Lunatic asylums United Provinces 1899-1908 - 1899-1908
Year: 1899
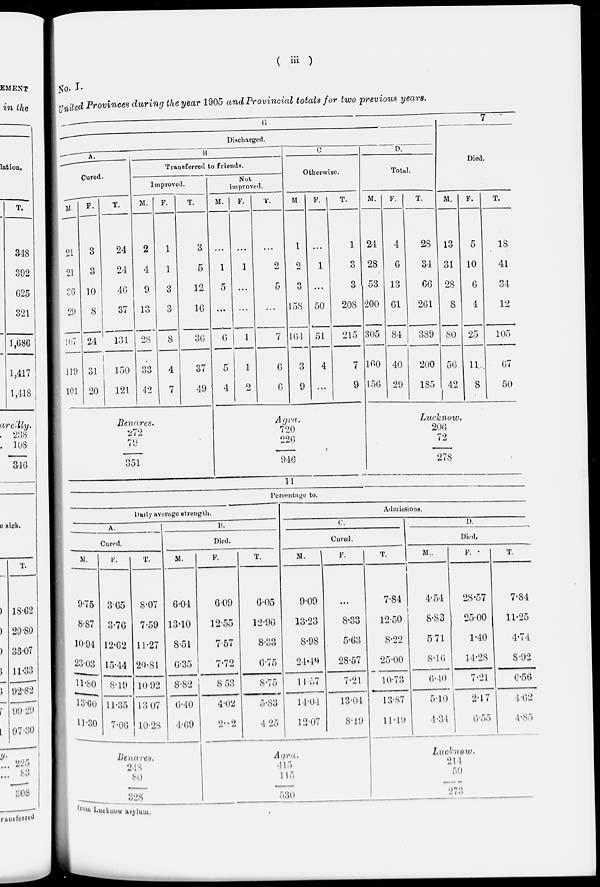
( iii )
No. I.
United Provinces during the year 1905 and Provincial totals for two previous years.
6
Discharged.
A.
Cured.
M.
21
21
36
29
107
119
101
F.
3
3
10
8
24
31
20
T.
24
24
46
37
131
150
121
B.
Transferred to friends.
Improved.
M.
2
4
9
13
28
33
42
Benares.
272
79
351
F.
1
1
3
3
8
4
7
T.
3
5
12
16
36
37
49
Not
improved.
M.
...
1
5
...
6
5
4
F.
...
1
...
...
1
1
2
T.
...
2
5
...
7
6
6
C.
Otherwise.
M.
1
2
3
158
164
3
9
Agra.
720
226
946
F.
...
1
...
50
51
4
...
T.
1
3
3
208
215
7
9
D.
Total.
M.
24
28
53
200
305
160
156
F.
4
6
13
61
84
40
29
T.
28
34
66
261
389
200
185
7
Died.
M.
13
31
28
8
80
56
42
Lucknow.
206
72
278
F.
5
10
6
4
25
11
8
T.
18
41
34
12
105
67
50
11
Percentage to.
Daily average strength.
A.
Cured.
M.
9.75
8.87
10.94
23.03
11.80
13.60
11.30
F.
3.65
3.76
12.62
15.44
8.19
11.35
7.06
T.
8.07
7.59
11.27
20.81
10.92
13.07
10.28
Benares.
248
80
328
B.
Died.
M.
6.04
13.10
8.51
6.35
8.82
6.40
4.69
F.
6.09
12.55
7.57
7.72
8.53
4.02
2.82
T.
6.05
12.96
8.33
6.75
8.75
5.83
4.25
Admissions.
C.
Cured.
M.
9.09
13.23
8.98
24.49
11.57
14.04
12.07
Agra.
415
115
530
F.
...
8.33
5.63
28.57
7.21
13.04
8.19
T.
7.84
12.50
8.22
25.00
10.73
13.87
11.19
D.
Died.
M.
4.54
8.83
5.71
8.16
6.40
5.10
4.34
F.
28.57
25.00
1.40
14.28
7.21
2.17
6.55
Lucknow.
214
59
273
T.
7.84
11.25
4.74
8.92
6.56
4.62
4.85
from Lucknow asylum.